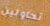
تحاولين